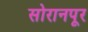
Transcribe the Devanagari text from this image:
सोरानपूर